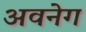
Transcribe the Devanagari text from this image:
अवनेग